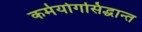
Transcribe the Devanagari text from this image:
कर्मयोगसिद्धान्त